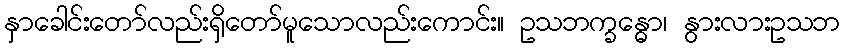
နှာခေါင်းတော်လည်းရှိတော်မူသောလည်းကောင်း။ ဥသဘက္ခန္ဓော၊ နွားလားဥသဘ